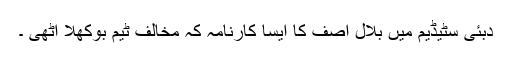
دبئی سٹیڈیم میں بلال آصف کا ایسا کارنامہ کہ مخالف ٹیم بوکھلا اٹھی ۔